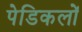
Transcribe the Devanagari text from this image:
पेडिकलों